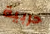
حربية